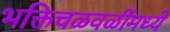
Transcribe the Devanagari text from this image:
भक्तिचळवळींमध्ये